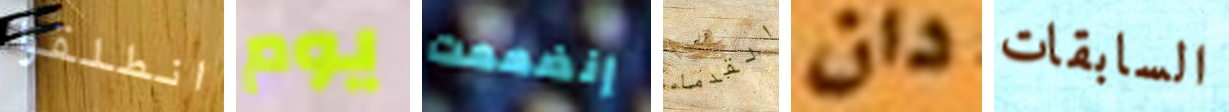
انطلقوا يوم إنضممت القدماء دان السابقات